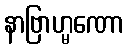
နာဗြာဟ္မဏော